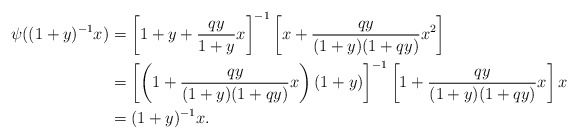
\begin{align*} \psi((1+y)^{-1}x) &= \left[1 + y + \frac{qy}{1+y}x\right]^{-1}\left[x + \frac{qy}{(1+y)(1+qy)}x^2\right] \\&= \left[\left(1+\frac{qy}{(1+y)(1+qy)}x\right)(1+y)\right]^{-1}\left[1 + \frac{qy}{(1+y)(1+qy)}x\right]x \\&= (1+y)^{-1}x.\end{align*}